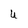
Character: U